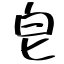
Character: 皀